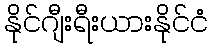
နိုင်ဂျီးရီးယားနိုင်ငံ